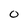
Character: O